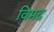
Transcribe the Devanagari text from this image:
विमद